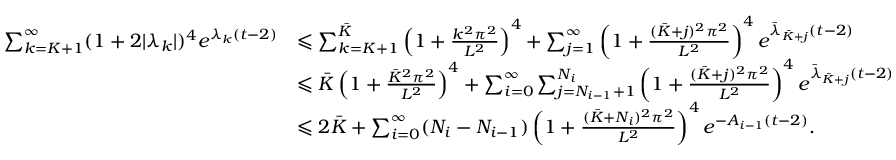
\begin{array} { r l } { \sum _ { k = K + 1 } ^ { \infty } ( 1 + 2 | \lambda _ { k } | ) ^ { 4 } e ^ { \lambda _ { k } ( t - 2 ) } } & { \leqslant \sum _ { k = K + 1 } ^ { \bar { K } } \left( 1 + \frac { k ^ { 2 } \pi ^ { 2 } } { L ^ { 2 } } \right) ^ { 4 } + \sum _ { j = 1 } ^ { \infty } \left( 1 + \frac { ( \bar { K } + j ) ^ { 2 } \pi ^ { 2 } } { L ^ { 2 } } \right) ^ { 4 } e ^ { \bar { \lambda } _ { \bar { K } + j } ( t - 2 ) } } \\ & { \leqslant \bar { K } \left( 1 + \frac { \bar { K } ^ { 2 } \pi ^ { 2 } } { L ^ { 2 } } \right) ^ { 4 } + \sum _ { i = 0 } ^ { \infty } \sum _ { j = N _ { i - 1 } + 1 } ^ { N _ { i } } \left( 1 + \frac { ( \bar { K } + j ) ^ { 2 } \pi ^ { 2 } } { L ^ { 2 } } \right) ^ { 4 } e ^ { \bar { \lambda } _ { \bar { K } + j } ( t - 2 ) } } \\ & { \leqslant 2 \bar { K } + \sum _ { i = 0 } ^ { \infty } ( N _ { i } - N _ { i - 1 } ) \left( 1 + \frac { ( \bar { K } + N _ { i } ) ^ { 2 } \pi ^ { 2 } } { L ^ { 2 } } \right) ^ { 4 } e ^ { - A _ { i - 1 } ( t - 2 ) } . } \end{array}